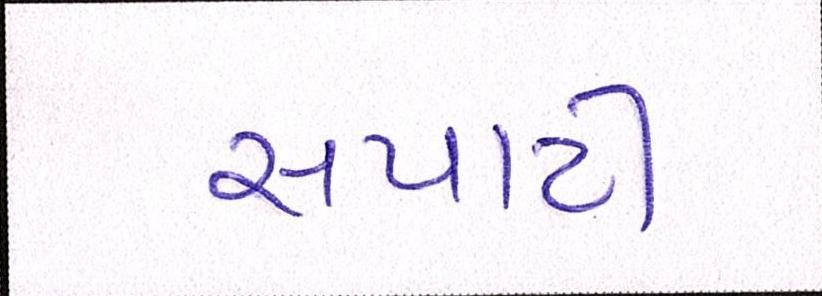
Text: સપાટી